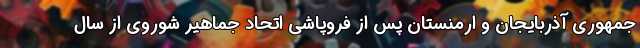
جمهوری آذربایجان و ارمنستان پس از فروپاشی اتحاد جماهیر شوروی از سال